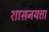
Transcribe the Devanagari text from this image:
शासनयत्ता